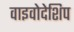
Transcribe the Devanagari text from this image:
वाइवोदेशिप